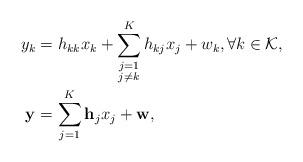
LaTeX: \begin{align*}y_k&=h_{kk}x_k+\sum_{\substack{j=1\\ j\neq k}}^{K}h_{kj}x_j+w_k,\forall k\in\mathcal{K},\\\mathbf{y}_{}&=\sum_{j=1}^{K}\mathbf{h}_{j}x_j+\mathbf{w}_{},\end{align*}